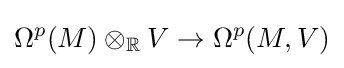
\Omega ^{p}(M)\otimes _{\mathbb {R} }V\to \Omega ^{p}(M,V)